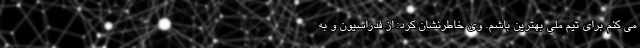
می کنم برای تیم ملی بهترین باشم. وی خاطرنشان کرد: از فدراسیون و به